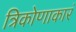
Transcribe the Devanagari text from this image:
त्रिकोणाकारं